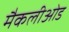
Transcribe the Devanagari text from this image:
मैकलीओड